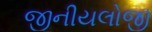
જીનીયલોજી